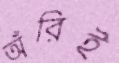
অঁরিই